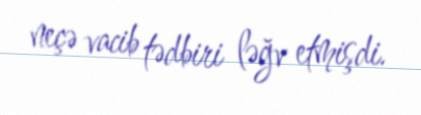
neçə vacib tədbiri ləğv etmişdi.